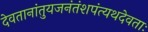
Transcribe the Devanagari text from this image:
देवतानांतुयजनंतंशपंत्यथदेवताः